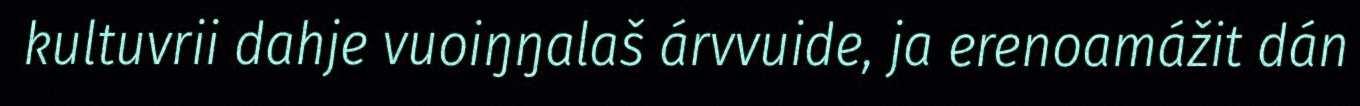
kultuvrii dahje vuoiŋŋalaš árvvuide, ja erenoamážit dán